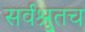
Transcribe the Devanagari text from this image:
सर्वश्रुतच